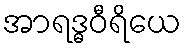
အာရဒ္ဓဝီရိယေ